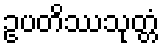
ဥပတိဿသုတ္တံ